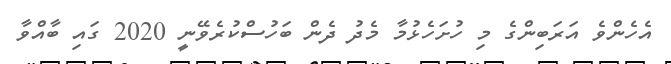
އެހެންވެ އަރަބިންގެ މި ހުށަހެޅުމާ މެދު ދެން ބަހުސްކުރެވޭނީ 2020 ގައި ބާއްވާ